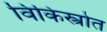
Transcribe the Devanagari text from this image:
विकिस्त्रोत